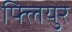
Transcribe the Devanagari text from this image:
फ्लियुर